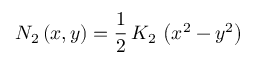
N _ { 2 } \left( x , y \right) = \frac { 1 } { 2 } \, K _ { 2 } \, \left( x ^ { 2 } - y ^ { 2 } \right)